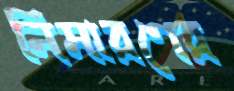
নিমারণের